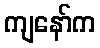
ကျနော်က